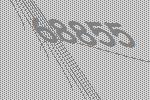
68855